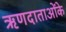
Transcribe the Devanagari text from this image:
ऋणदाताओंके